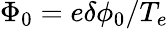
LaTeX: \Phi_{0}=e\delta\phi_{0}/T_{e}